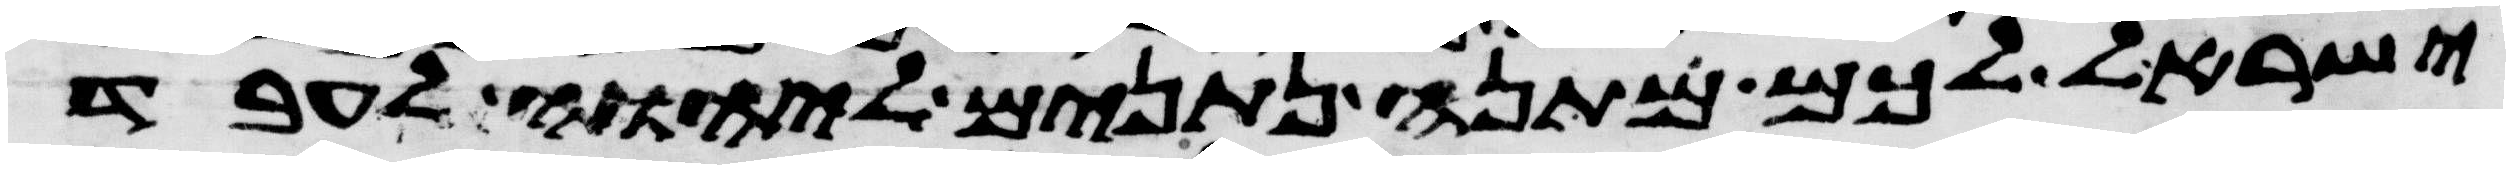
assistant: ישראל לכם מתנה נתנים ליהוה לעבד